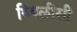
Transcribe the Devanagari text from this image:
थ्बिलीसी